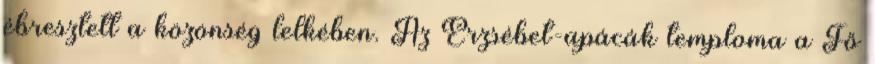
ébresztett a közönség lelkében. Az Erzsébet-apácák temploma a Fő